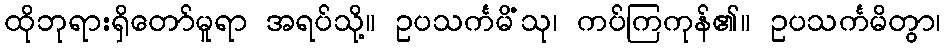
ထိုဘုရားရှိတော်မူရာ အရပ်သို့။ ဥပသင်္ကမိံသု၊ ကပ်ကြကုန်၏။ ဥပသင်္ကမိတွာ၊